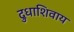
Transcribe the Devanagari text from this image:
दुधाशिवाय